Punjab Mental Hospital Lahore 1922-31 - 1922-1931
Year: 1922
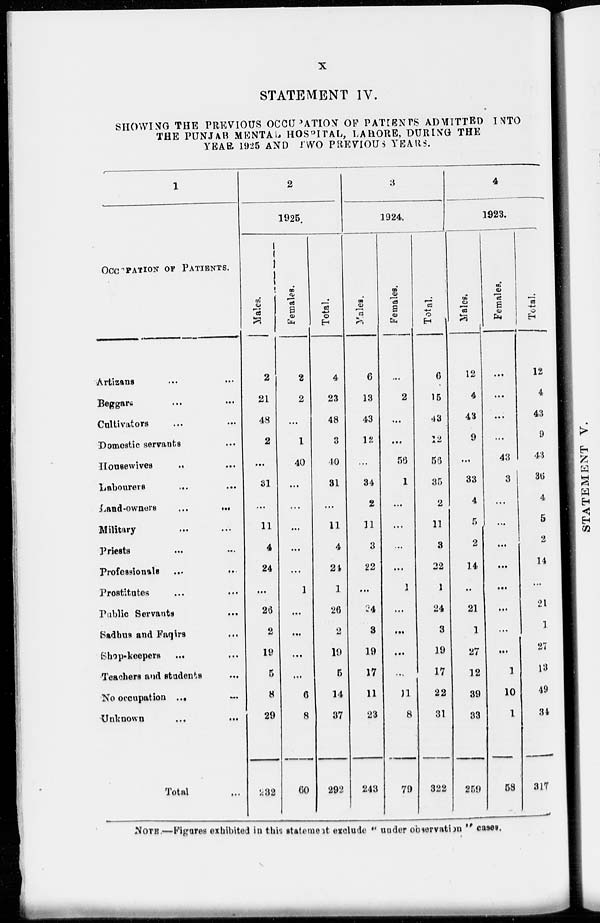
X
STATEMENT IV.
SHOWING THE PREVIOUS OCCUPATION OF PATIENTS ADMITTED INTO
THE PUNJAB MENTAL HOSPITAL, LAHORE, DURING THE
YEAR 1925 AND TWO PREVIOUS YEARS.
1
OCCUPATION OF PATIENTS.
Artizans ... ...
Beggars
...
...
Cultivators ... ...
Domestic servants ...
Housewives ... ...
Labourers ... ...
Land-owners
...
...
Military ... ...
Priests ... ...
Professionals
...
...
Prostitutes ... ...
Public Servants
...
Sadhus and Faqirs ...
Shop-keepers
... ...
Teachers and students ...
No occupation ...
...
Unknown
...
...
Total ...
2
1925.
Males.
2
21
48
2
...
31
...
11
4
24
...
26
2
19
5
8
29
232
Females.
2
2
...
1
40
...
...
...
...
...
1
...
...
...
...
6
8
60
Total.
4
23
48
3
40
31
...
11
4
24
1
26
2
19
5
14
37
292
3
1924.
Males.
6
13
43
12
...
34
2
11
3
22
...
24
3
19
17
11
23
243
Females.
...
2
...
...
56
1
...
...
...
...
1
...
...
...
...
11
8
79
Total.
6
15
43
12
56
35
2
11
3
22
1
24
3
19
17
22
31
322
4
1923.
Males.
12
4
43
9
...
33
4
5
2
14
...
21
1
27
12
39
33
259
Females.
...
...
...
...
43
3
...
...
...
...
...
...
...
...
1
10
1
58
Total.
12
4
43
9
43
36
4
5
2
14
...
21
1
27
13
49
34
317
NOTE.—Figures exhibited in this statement exclude " under observation " cases.